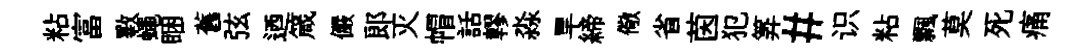
粘富斁蠅睏舊弦迺箴儼郎灭帽話轇淼旱締儆省茵犯筭#识粘飄莫死痛